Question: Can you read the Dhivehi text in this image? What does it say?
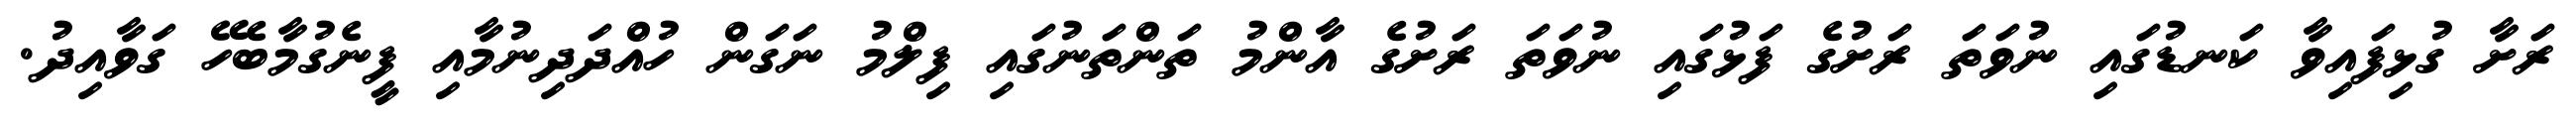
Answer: ރަށާ ގުޅިފައިވާ ކަނޑުގައި ނުވަތަ ރަށުގެ ފަޅުގައި ނުވަތަ ރަށުގެ އާންމު ތަންތަނުގައި ފިލްމު ނަގަން ހުއްދަދިނުމާއި ފީނެގުމާބެހޭ ގަވާއިދު.